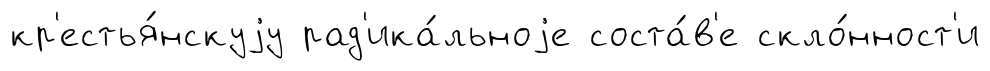
кр'естья́нскуjу рад'ика́льноjе соста́в'е скло́нност'и